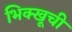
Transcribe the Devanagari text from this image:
भिक्खूची